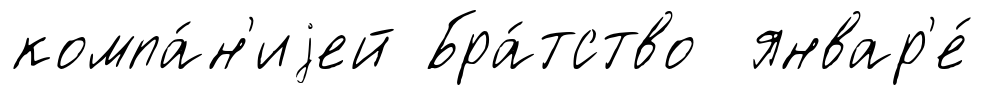
компа́н'иjей Бра́тство январ'е́